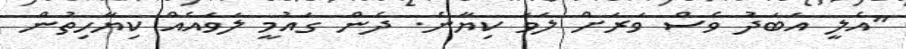
"އެލީ އަބަދު ވެސް ވަރަށް ލަވަ ކިޔާނެ. ދެން ގައުމީ ލަވައެއް ކިޔާހިތުން